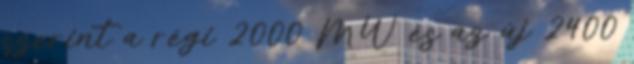
szerint a régi 2000 MW és az új 2400